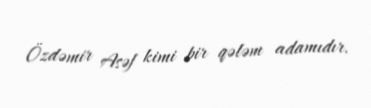
Özdəmir Asəf kimi bir qələm adamıdır.